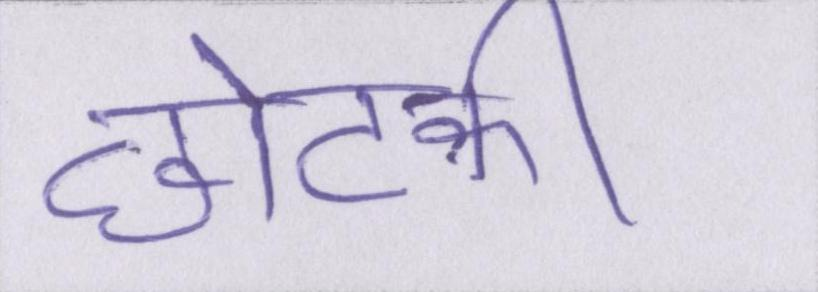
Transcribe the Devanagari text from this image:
छोटकी